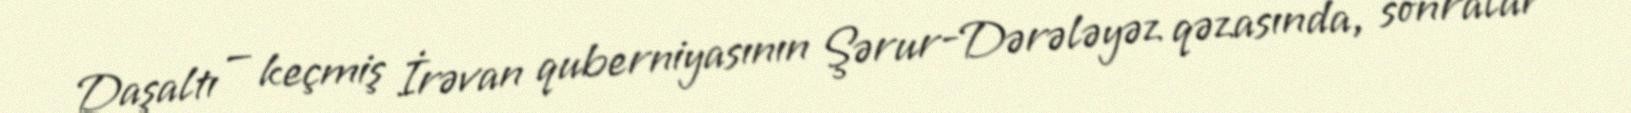
Daşaltı — keçmiş İrəvan quberniyasının Şərur-Dərələyəz qəzasında, sonralar